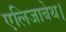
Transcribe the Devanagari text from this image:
एलिजाबेथ।